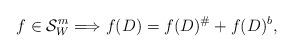
LaTeX: \begin{align*}f\in \mathcal{S}^{m}_W\Longrightarrow f(D)=f(D)^\#+f(D)^b,\end{align*}